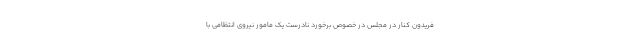
فریدون کنار در مجلس در خصوص برخورد نادرست یک مامور نیروی انتظامی با